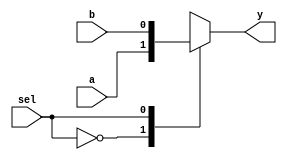
module d_mux(input a,b,sel,output reg y);

always @(*)
begin
case(sel)

1'b0:y=a;
1'b1:y=b;

endcase
end
endmodule